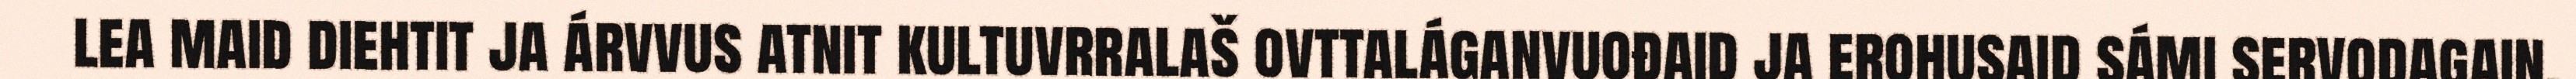
lea maid diehtit ja árvvus atnit kultuvrralaš ovttaláganvuođaid ja erohusaid sámi servodagain.